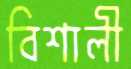
বিশালী